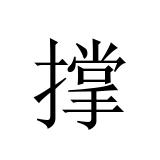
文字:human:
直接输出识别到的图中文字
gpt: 撑